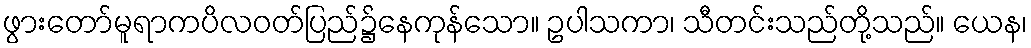
ဖွားတော်မူရာကပိလဝတ်ပြည်၌နေကုန်သော။ ဥပါသကာ၊ သီတင်းသည်တို့သည်။ ယေန၊